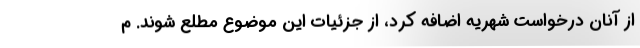
از آنان درخواست شهریه اضافه کرد، از جزئیات این موضوع مطلع شوند. م